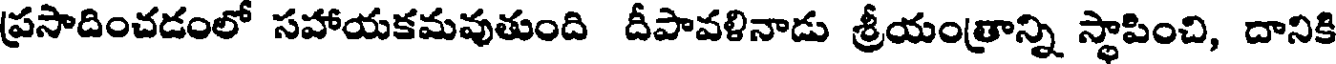
ప్రసాదించడంలో సహాయకమవుతుంది దీపావళినాడు శ్రీయంత్రాన్ని స్థాపించి, దానికి